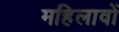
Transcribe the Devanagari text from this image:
महिलावों